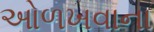
ઓળખવાના